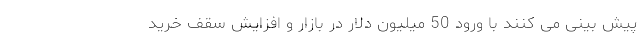
پیش بینی می کنند با ورود 50 میلیون دلار در بازار و افزایش سقف خرید